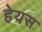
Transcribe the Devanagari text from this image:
हेयस